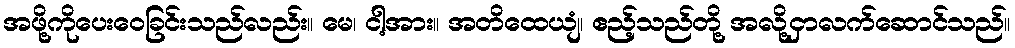
အဖို့ကိုပေးဝေခြင်းသည်လည်း။ မေ၊ ငါ့အား။ အတိထေယျံ၊ ဧည့်သည်တို့ အလို့ငှာလက်ဆောင်သည်။